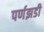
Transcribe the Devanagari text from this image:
पर्णझडी